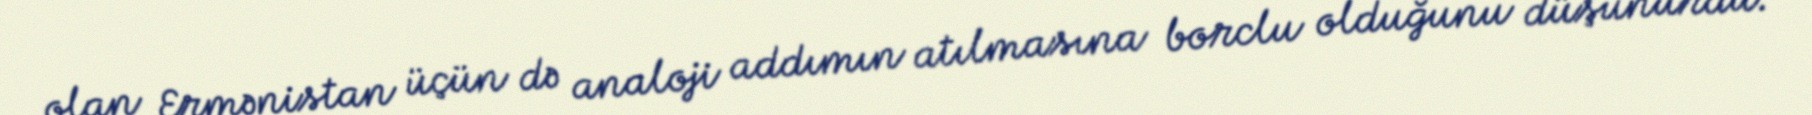
olan Ermənistan üçün də analoji addımın atılmasına borclu olduğunu düşünürdü.